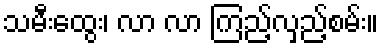
သမီးထွေး၊ လာ လာ ကြည့်လှည့်စမ်း။